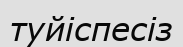
туйіспесіз